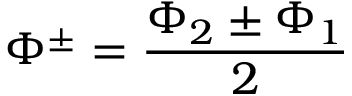
\Phi ^ { \pm } = \frac { \Phi _ { 2 } \pm \Phi _ { 1 } } { 2 }